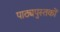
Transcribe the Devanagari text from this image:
पाठ्यपुस्‍तकों